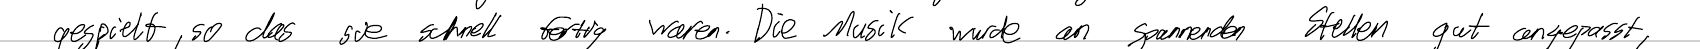
gespielt, so das sie schnell fertig waren. Die Musik wurde an spannenden Stellen gut angepasst,